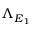
\Lambda _ { E _ { 1 } }